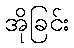
အိုခြင်း